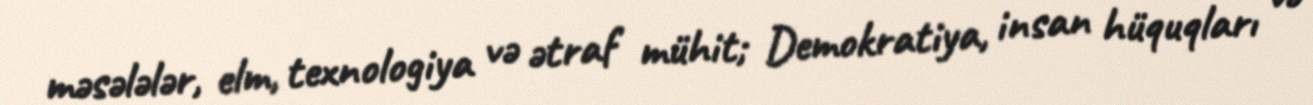
məsələlər, elm, texnologiya və ətraf mühit; Demokratiya, insan hüquqları və